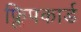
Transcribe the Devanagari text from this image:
फ्लिपकार्ड